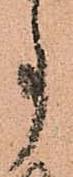
事